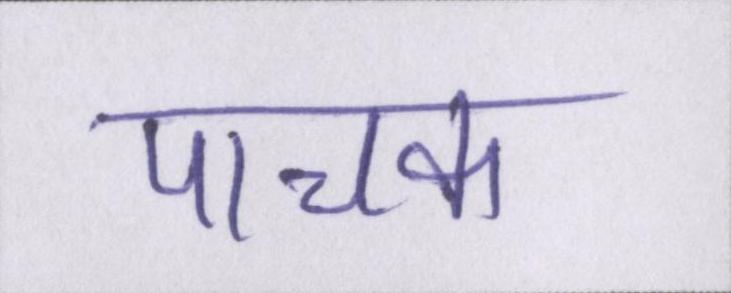
पाचक